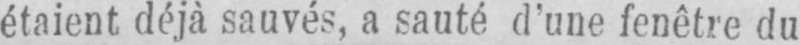
étaient déjà sauvés, a sauté d’une fenêtre du